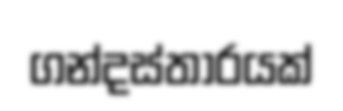
ගන්දස්තාරයක්